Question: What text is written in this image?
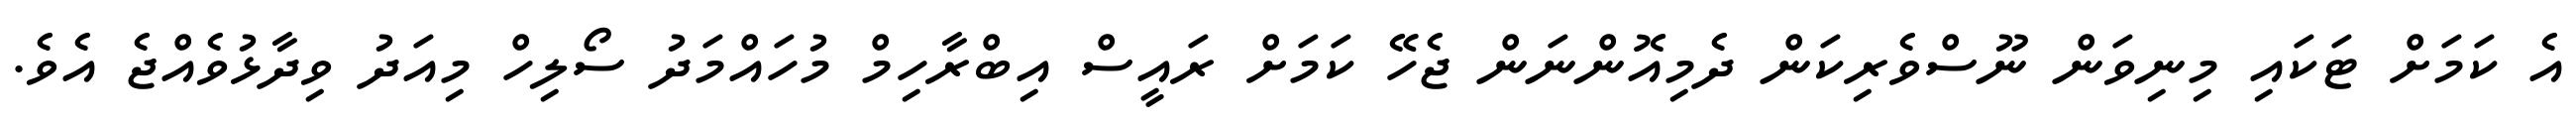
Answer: އެ ކަމަށް ޓަކައި މިނިވަން ނޫސްވެރިކަން ދެމިއޮންނަން ޖެހޭ ކަމަށް ރައީސް އިބްރާހިމް މުހައްމަދު ސޯލިހް މިއަދު ވިދާޅުވެއްޖެ އެވެ.